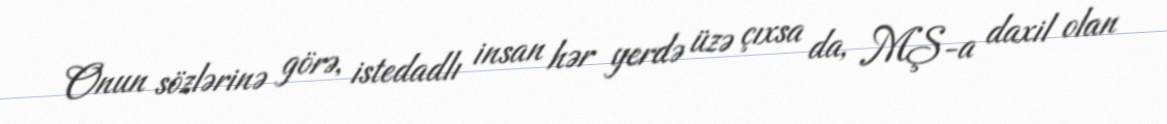
Onun sözlərinə görə, istedadlı insan hər yerdə üzə çıxsa da, MŞ-a daxil olan